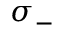
\sigma _ { - }